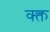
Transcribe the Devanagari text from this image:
क्क्त